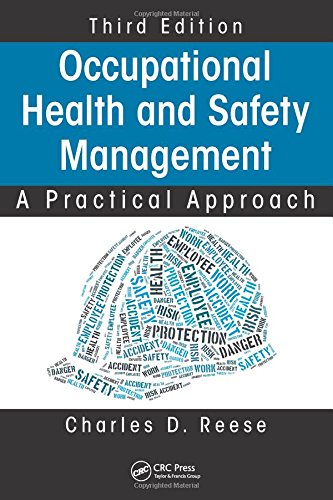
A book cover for Occupational Health and Safety Management: A Practical Approach, Third Edition; Charles D. Reese; Law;